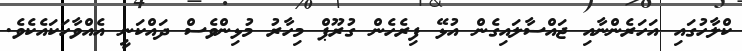
ކްލާހުގައި އަހަރެންނާއި ޖައްސާލައިގެން އުޅޭ ފިރެހެން ގުރޫޕް މިހާރު މުޅިންވެސް ދައްކަނީ އެއްވާހަކައެކެވެ.